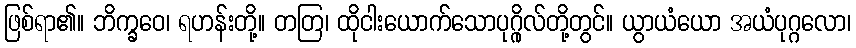
ဖြစ်ရာ၏။ ဘိက္ခဝေ၊ ရဟန်းတို့။ တတြ၊ ထိုငါးယောက်သောပုဂ္ဂိုလ်တို့တွင်။ ယွာယံယော အယံပုဂ္ဂလော၊